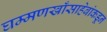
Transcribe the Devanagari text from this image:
घम्मणखाँसाहेबांकडून